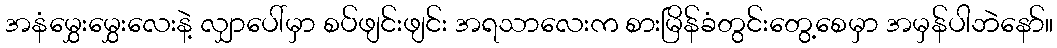
အနံမွှေးမွှေးလေးနဲ့ လျှာပေါ်မှာ စပ်ဖျင်းဖျင်း အရသာလေးက စားမြိန်ခံတွင်းတွေ့စေမှာ အမှန်ပါဘဲနော်။